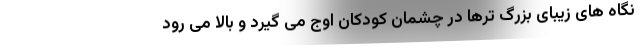
نگاه هاى زیباى بزرگ ترها در چشمان کودکان اوج مى گیرد و بالا مى رود